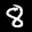
Label: 8